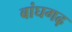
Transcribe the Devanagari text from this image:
बांघगढ़